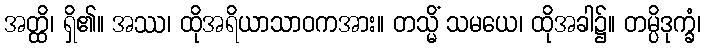
အတ္ထိ၊ ရှိ၏။ အဿ၊ ထိုအရိယာသာဝကအား။ တသ္မိံ သမယေ၊ ထိုအခါ၌။ တမ္ပိဒုက္ခံ၊